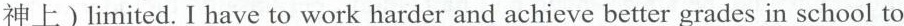
神上)limited. I have to work harder and achieve better grades in school to